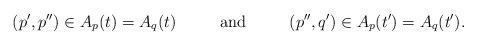
LaTeX: \begin{align*}(p',p'') \in A_p(t) &= A_q(t)&&\mbox{and}&(p'',q') \in A_p(t') &= A_q(t'). \end{align*}